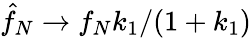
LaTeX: \hat{f}_{N}\rightarrow f_{N}k_{1}/(1+k_{1})